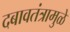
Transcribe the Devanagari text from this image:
दबावतंत्रामुळे